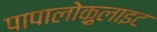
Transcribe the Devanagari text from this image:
पापालोक़ुलाइट